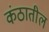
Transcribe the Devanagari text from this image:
कंठातील